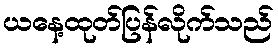
ယနေ့ထုတ်ပြန်လိုက်သည်